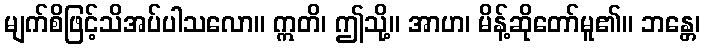
မျက်စိဖြင့်သိအပ်ပါသလော။ ဣတိ၊ ဤသို့။ အာဟ၊ မိန့်ဆိုတော်မူ၏။ ဘန္တေ၊